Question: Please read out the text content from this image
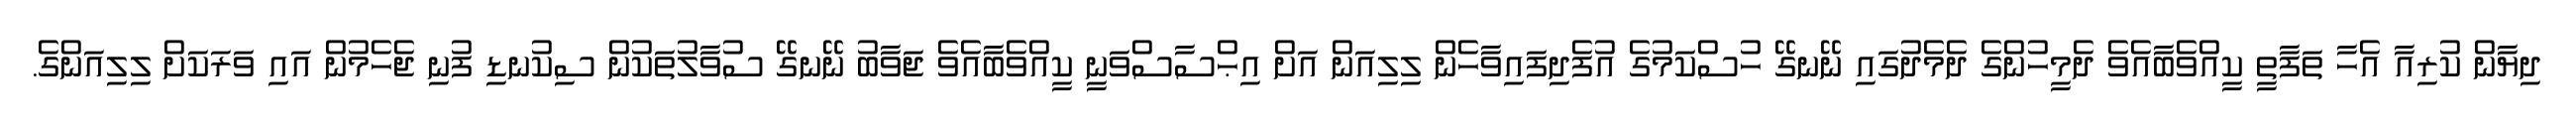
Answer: ދިޔާން ކުރިއާ އެހާ ތަފާތީ ކީއްވެބާއެވެ ދެމީހުންގެ ދެމެދުގައި ނޭނގޭ ހުސްކަމުގެ އުފެދިފައިވާހެން ލިލިއަން އަށް އިޙްސާސްވަނީ ކީއްވެބާއެވެ ޖަވާބު ނޭނގޭ ސުވާލުތަކުން ސިކުނޑި ފުނި ޖެހެމުން އައި ވަރަކަށް ލިލިއަންގެ.